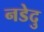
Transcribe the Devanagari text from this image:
नडेदु